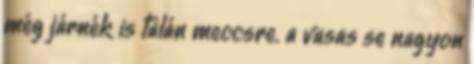
még járnék is talán meccsre. a vasas se nagyon